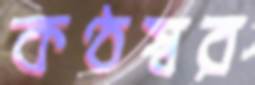
কণ্ঠস্বর